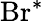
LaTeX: \mathrm{Br^{*}}